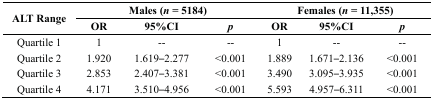
<table><thead><tr><td rowspan="2"><b>ALT Range</b></td><td colspan="3"><b>Males (<i>n</i> = 5184)</b></td><td colspan="3"><b>Females (<i>n</i> = 11,355)</b></td></tr><tr><td><b>OR</b></td><td><b>95%CI</b></td><td><b><i>p</i></b></td><td><b>OR</b></td><td><b>95%CI</b></td><td><b><i>p</i></b></td></tr></thead><tbody><tr><td>Quartile 1</td><td>1</td><td>--</td><td>--</td><td>1</td><td>--</td><td>--</td></tr><tr><td>Quartile 2</td><td>1.920</td><td>1.619–2.277</td><td>&lt;0.001</td><td>1.889</td><td>1.671–2.136</td><td>&lt;0.001</td></tr><tr><td>Quartile 3</td><td>2.853</td><td>2.407–3.381</td><td>&lt;0.001</td><td>3.490</td><td>3.095–3.935</td><td>&lt;0.001</td></tr><tr><td>Quartile 4</td><td>4.171</td><td>3.510–4.956</td><td>&lt;0.001</td><td>5.593</td><td>4.957–6.311</td><td>&lt;0.001</td></tr></tbody></table>